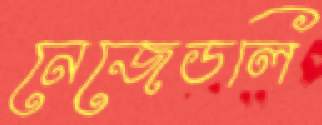
নেজেডলি